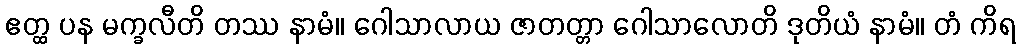
ဧတ္ထ ပန မက္ခလီတိ တဿ နာမံ။ ဂေါသာလာယ ဇာတတ္တာ ဂေါသာလောတိ ဒုတိယံ နာမံ။ တံ ကိရ